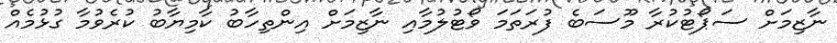
ނާޒިމަށް ސަޕޯޓުކުރާ މޫސަބެ ފުރަތަމަ ވޯޓުލުމާއި ނާޒިމަށް އިންތިހާބު ކާމިޔާބު ކުރެވުމާ ގުޅުމެއް